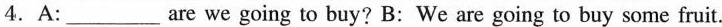
4.A:___are we going to buy? B:We are going to buy some fruit.